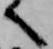
へ